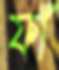
ফাঁ